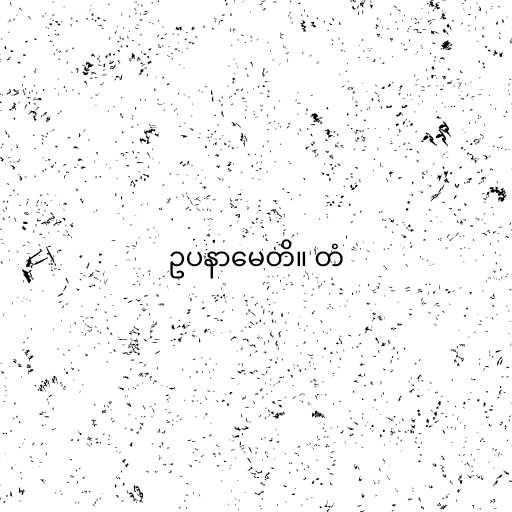
ဥပနာမေတိ။ တံ